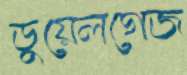
ডুয়েলগেজ